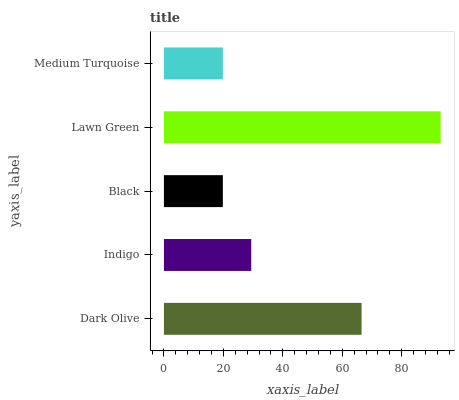
| yaxis_label | bars |
 | --- | --- |
 | Dark Olive | 66.5 |
 | Indigo | 29.4 |
 | Black | 19.8 |
 | Lawn Green | 93.1 |
 | Medium Turquoise | 19.8 |